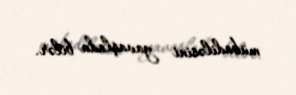
mübadiləsini yavaşlada bilər.